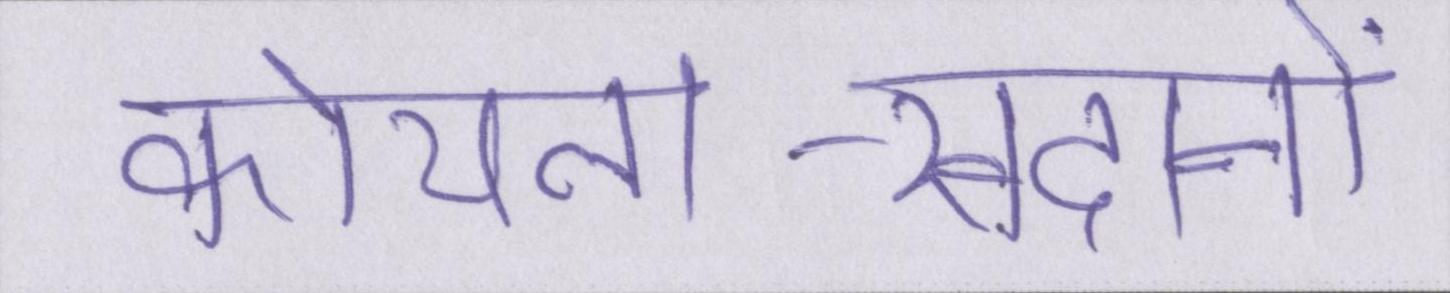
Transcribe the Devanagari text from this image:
कोयला-खदानों